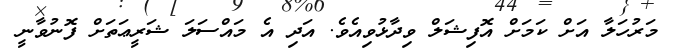
މަރުހަލާ އަށް ކަމަށް އޮފިޝަލް ވިދާޅުވިއެވެ. އަދި އެ މައްސަލަ ޝަރީޢަތަށް ފޮނުވާނީ